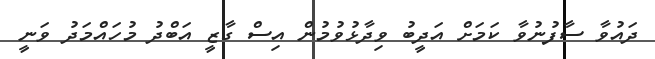
ދައުވާ ސާފުނުވާ ކަމަށް އަދީބު ވިދާޅުވުމުން އިސް ގާޒީ އަބްދު މުހައްމަދު ވަނީ